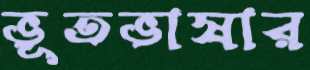
ভূতভাষার